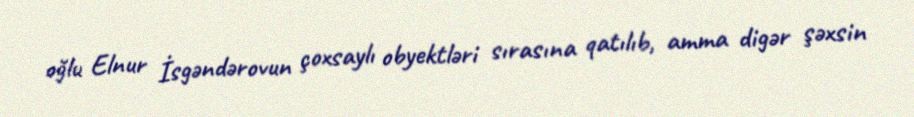
oğlu Elnur İsgəndərovun çoxsaylı obyektləri sırasına qatılıb, amma digər şəxsin